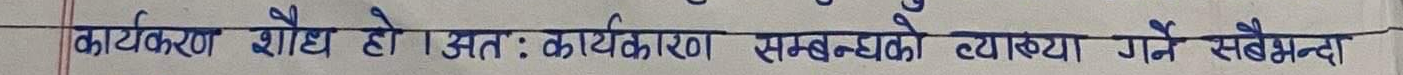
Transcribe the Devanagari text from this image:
कार्यकारण शोध हो । अतः कार्यकारण सम्बन्धको व्याख्या गर्ने सम्बन्धमा